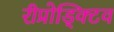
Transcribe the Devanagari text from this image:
रीप्रोड्क्टिव